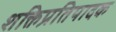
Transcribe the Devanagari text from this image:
शक्तिप्रतिपादक